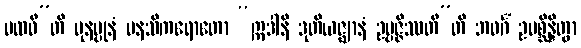
ပထဝီ”တိ ပုနပ္ပုနံ မနသိကရောတော “ဣဒါနိ ဒုတိယဇ္ဈာနံ ဥပ္ပဇ္ဇိဿတီ”တိ ဘဝင်္ဂံ ဥပစ္ဆိန္ဒိတွာ